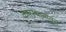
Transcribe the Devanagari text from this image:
कारस्थानातून